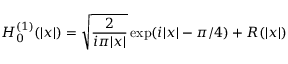
H _ { 0 } ^ { ( 1 ) } ( \vert x \vert ) = \sqrt { \frac { 2 } { i \pi \vert x \vert } } \exp ( i \vert x \vert - \pi / 4 ) + R ( \vert x \vert )